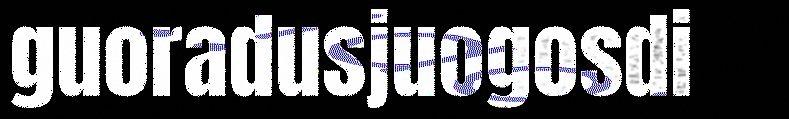
guoradusjuogosdi